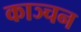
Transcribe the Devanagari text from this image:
काञ्चन